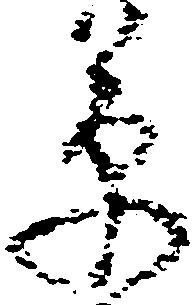
草